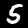
Label: 5